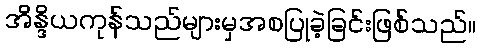
အိန္ဒိယကုန်သည်များမှအစပြုခဲ့ခြင်းဖြစ်သည်။